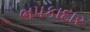
ભપકાદાર